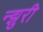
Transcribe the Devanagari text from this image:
न्झुरी